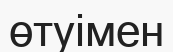
өтуімен